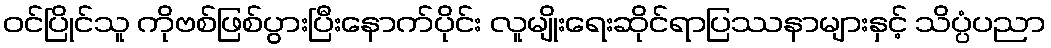
ဝင်ပြိုင်သူ ကိုဗစ်ဖြစ်ပွားပြီးနောက်ပိုင်း လူမျိုးရေးဆိုင်ရာပြဿနာများနှင့် သိပ္ပံပညာ